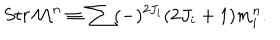
S t r { \cal M } ^ { n } \equiv \sum ( - ) ^ { 2 J _ { i } } ( 2 J _ { i } + 1 ) m _ { i } ^ { n } .